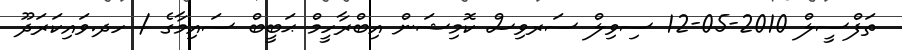
ތަފްސީލް 2010-05-12 ސިވިލް ސަރވިސް ކޮމިޝަން އިބްރާހީމް ޙަބީބް ސައިމާގެ / ހދ.ވައިކަރަދޫ